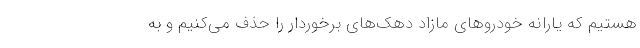
هستیم که یارانه خودروهای مازاد دهک‌های برخوردار را حذف می‌کنیم و به